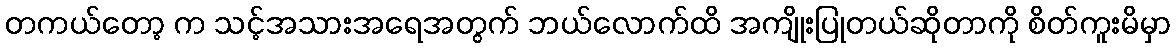
တကယ်တော့ က သင့်အသားအရေအတွက် ဘယ်လောက်ထိ အကျိုးပြုတယ်ဆိုတာကို စိတ်ကူးမိမှာ